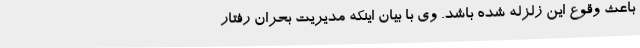
باعث وقوع این زلزله شده باشد. وی با بیان اینکه مدیریت بحران رفتار